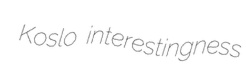
Koslo interestingness